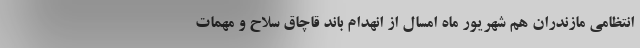
انتظامی مازندران هم شهریور ماه امسال از انهدام باند قاچاق سلاح و مهمات